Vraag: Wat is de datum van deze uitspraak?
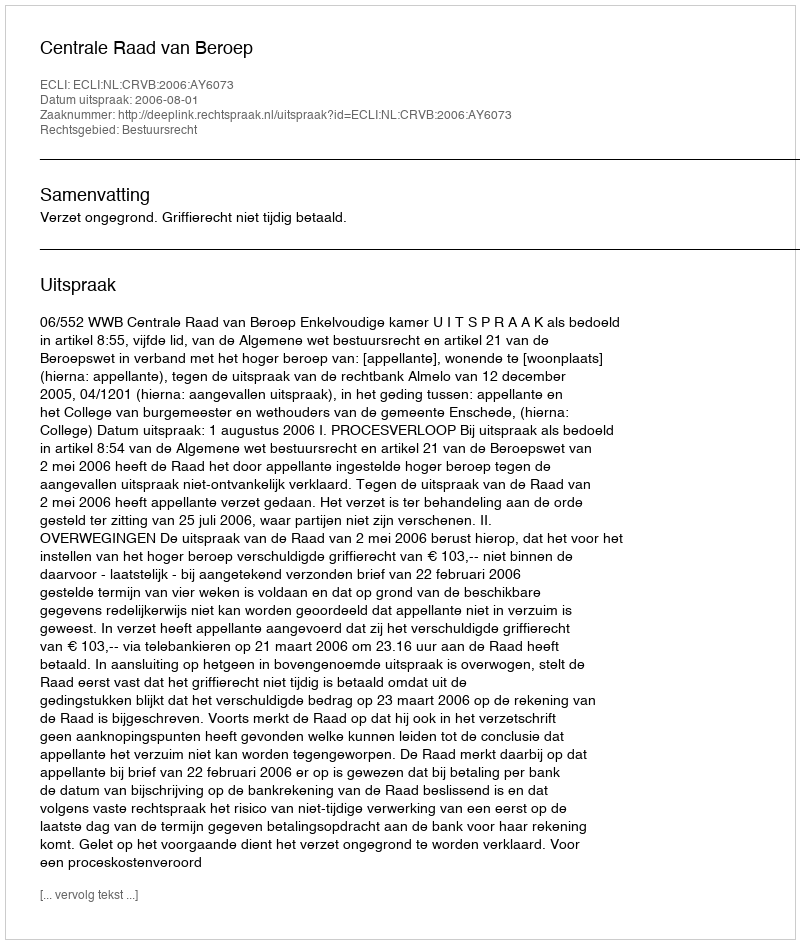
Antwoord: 2006-08-01